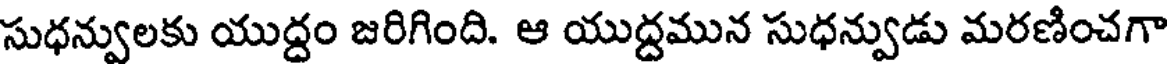
సుధన్వులకు యుద్దం జరిగింది. ఆ యుద్దమున సుధన్వుడు మరణించగా